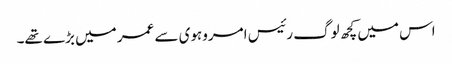
اس میں کچھ لوگ رئیس امروہوی سے عمر میں بڑے تھے۔